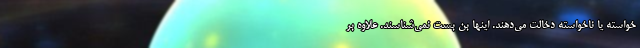
خواسته یا ناخواسته دخالت می‌دهند. اینها بن بست نمی‌شناسند. علاوه بر